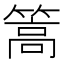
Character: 篙